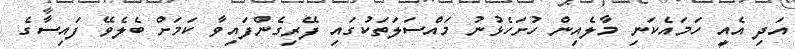
އަދި އެއީ ހަމައެކަނި މާލެއިން ހުށަހެޅުނު މައްސަލަތަކުގައި ފޭރިގެންފައިވާ ކަމަށް ބެލެވޭ ފައިސާގެ